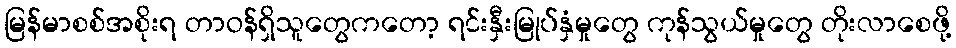
မြန်မာစစ်အစိုးရ တာဝန်ရှိသူတွေကတော့ ရင်းနှီးမြုပ်နှံမှုတွေ ကုန်သွယ်မှုတွေ တိုးလာစေဖို့